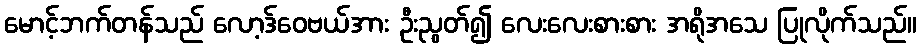
မောင့်ဘက်တန်သည် လော့ဒ်ဝေဗယ်အား ဦးညွတ်၍ လေးလေးစားစား အရိုအသေ ပြုလိုက်သည်။